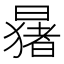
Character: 𬁑